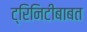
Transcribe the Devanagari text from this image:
ट्रिनिटीबाबत